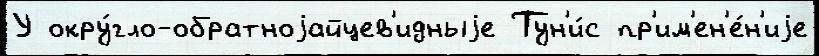
У окру́гло-обратноjайцев'идныjе Тун'и́с пр'им'ен'е́н'иjе